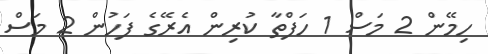
ހިމޭން 2 މަސް 1 ހަފްތާ ކުރިން އެރޭގެ ފަހުން 2 މަސް